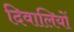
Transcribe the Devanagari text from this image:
दिवालियों